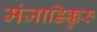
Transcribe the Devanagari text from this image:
मंजाडिक्कुरु